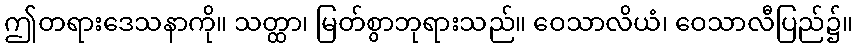
ဤတရားဒေသနာကို။ သတ္ထာ၊ မြတ်စွာဘုရားသည်။ ဝေသာလိယံ၊ ဝေသာလီပြည်၌။